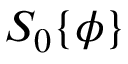
S _ { 0 } \{ \phi \}